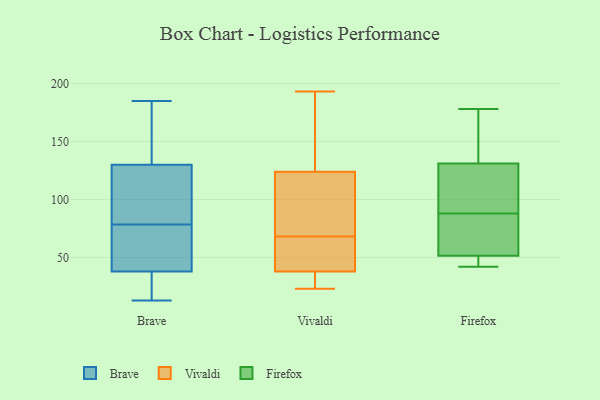
{"axis": {"x": "Operating Costs (USD K)", "y": "Value"}, "legend": ["Brave", "Firefox", "Vivaldi"], "data": [{"x": "", "y": 33, "type": "Brave"}, {"x": "", "y": 185, "type": "Brave"}, {"x": "", "y": 140, "type": "Brave"}, {"x": "", "y": 38, "type": "Brave"}, {"x": "", "y": 123, "type": "Brave"}, {"x": "", "y": 166, "type": "Brave"}, {"x": "", "y": 103, "type": "Brave"}, {"x": "", "y": 17, "type": "Brave"}, {"x": "", "y": 87, "type": "Brave"}, {"x": "", "y": 13, "type": "Brave"}, {"x": "", "y": 140, "type": "Brave"}, {"x": "", "y": 70, "type": "Brave"}, {"x": "", "y": 123, "type": "Brave"}, {"x": "", "y": 14, "type": "Brave"}, {"x": "", "y": 53, "type": "Brave"}, {"x": "", "y": 49, "type": "Brave"}, {"x": "", "y": 130, "type": "Brave"}, {"x": "", "y": 57, "type": "Brave"}, {"x": "", "y": 124, "type": "Vivaldi"}, {"x": "", "y": 38, "type": "Vivaldi"}, {"x": "", "y": 44, "type": "Vivaldi"}, {"x": "", "y": 193, "type": "Vivaldi"}, {"x": "", "y": 125, "type": "Vivaldi"}, {"x": "", "y": 23, "type": "Vivaldi"}, {"x": "", "y": 33, "type": "Vivaldi"}, {"x": "", "y": 92, "type": "Vivaldi"}, {"x": "", "y": 47, "type": "Vivaldi"}, {"x": "", "y": 89, "type": "Vivaldi"}, {"x": "", "y": 175, "type": "Firefox"}, {"x": "", "y": 121, "type": "Firefox"}, {"x": "", "y": 51, "type": "Firefox"}, {"x": "", "y": 96, "type": "Firefox"}, {"x": "", "y": 60, "type": "Firefox"}, {"x": "", "y": 122, "type": "Firefox"}, {"x": "", "y": 80, "type": "Firefox"}, {"x": "", "y": 153, "type": "Firefox"}, {"x": "", "y": 51, "type": "Firefox"}, {"x": "", "y": 178, "type": "Firefox"}, {"x": "", "y": 140, "type": "Firefox"}, {"x": "", "y": 52, "type": "Firefox"}, {"x": "", "y": 64, "type": "Firefox"}, {"x": "", "y": 44, "type": "Firefox"}, {"x": "", "y": 42, "type": "Firefox"}, {"x": "", "y": 115, "type": "Firefox"}]}